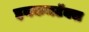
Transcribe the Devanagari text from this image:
इनकमटॅक्स